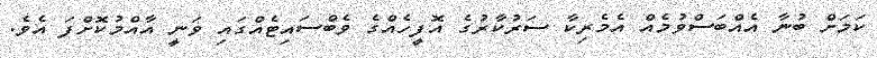
ކަމަށް ބުނާ އެއްބަސްވުމެއް އެމެރިކާ ސަރުކާރުގެ އޮފީހެއްގެ ވެބްސައިޓެއްގައި ވަނީ އާއްމުކޮށްފަ އެވެ.